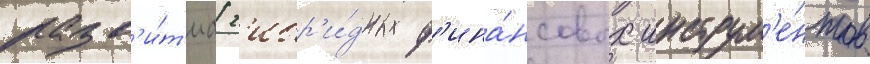
разв'и́т'иа г'ибр'и́дных ф'ина́нсовых инструм'е́нтов